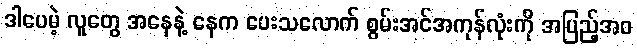
ဒါပေမဲ့ လူတွေ အနေနဲ့ နေက ပေးသလောက် စွမ်းအင်အကုန်လုံးကို အပြည့်အဝ